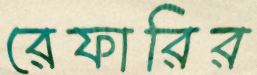
রেফারির